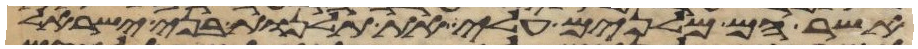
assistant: אשר הם מלנים עלי את תלנות בני ישראל